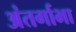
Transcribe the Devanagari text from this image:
अंतर्गाभा